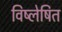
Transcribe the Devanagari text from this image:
विष्लेषित